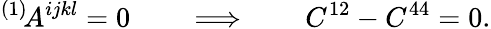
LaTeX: {}^{(1)}\! A^{ijkl}=0\qquad\Longrightarrow\qquad C^{12}-C^{44}=0.